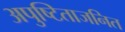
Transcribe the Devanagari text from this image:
अपुष्टिताजनित